Report on sanitation, dispensaries, and jails in Rajputana for 1913, and on vaccination for the year 1913-1914 - 1913-1914
Year: 1913
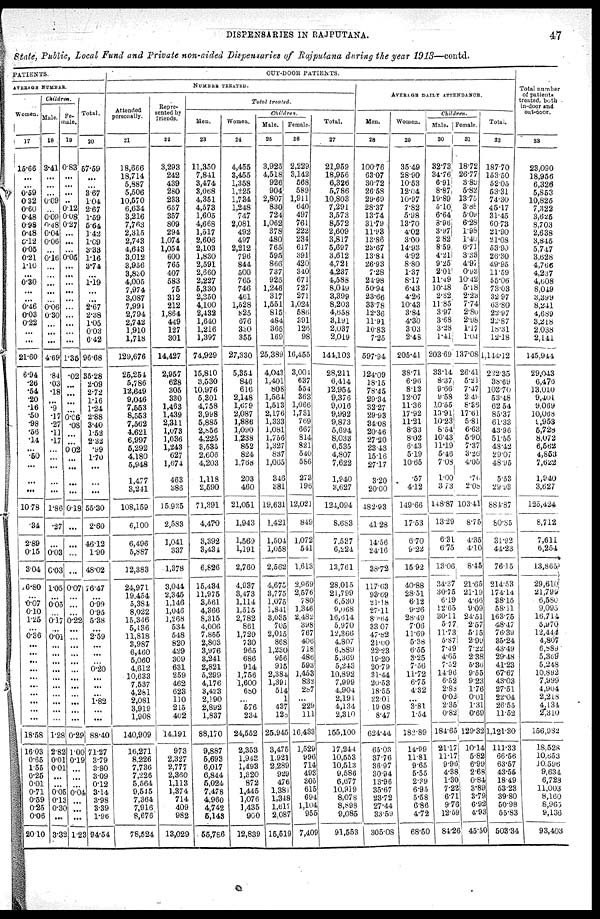
DISPENSARIES IN RAJPUTANA.
47
State, Public, Local Fund and Private non-aided Dispensaries of Rajputana during the year 1913—contd.
PATIENTS.
AVERAGE NUMBER.
Women.
17
15.66
...
...
0.59
0.32
0.60
0.48
0.98
0.48
0.12
0.05
0.21
1.10
...
0.30
...
...
0.46
0.03
0.22
...
...
21.60
6.94
.26
.54
.20
.16
.50
.98
.56
.14
...
.50
...
...
...
10.78
.34
2.89
0.15
3.04
16.80
...
0.07
0.10
1.25
...
0.36
...
...
...
...
...
...
...
...
...
...
18.58
16.03
0.65
1.55
0.25
0.01
0.71
0.59
0.25
0.06
20.10
Children.
Male.
18
3.41
...
...
...
0.09
...
0.09
0.48
0.04
0.06
...
0.16
...
...
...
...
...
0.06
0.30
...
...
...
4.69
.84
.03
.18
...
.9
.17
.27
.11
.17
...
...
...
...
...
1.86
.27
...
0.03
0.03
1.05
...
0.05
...
0.17
...
0.01
...
...
...
...
...
...
...
...
...
...
1.28
2.82
0.01
0.01
...
...
0.05
0.13
0.30
...
3.32
Fe-
male.
19
0.83
...
...
...
..
0.12
0.08
0.27
...
...
...
0.05
...
...
...
...
...
...
...
...
...
...
1.35
.02
...
...
...
...
0.06
.08
...
...
0.02
...
...
...
...
0.18
...
...
...
...
0.07
...
...
...
0.22
...
...
...
...
...
...
...
...
...
...
...
...
0.29
1.00
0.19
...
...
...
0.04
...
...
...
1.23
Total.
20
57.59
...
...
3.67
1.04
2.67
1.59
5.64
1.42
1.09
3.33
1.16
3.74
...
1.19
...
...
2.67
2.38
1.05
0.03
6.42
96.68
35.28
2.09
2.72
1.16
1.24
2.88
3.40
1.52
2.32
.99
1.70
...
...
...
55.30
2.60
46.12
1.90
48.02
76.47
...
0.99
0.95
5.38
...
2.59
...
...
...
0.20
...
...
...
1.82
...
...
88.40
71.27
3.79
3.80
3.09
0.12
3.14
3.98
3.39
1.96
94.54
OUT-DOOR PATIENTS.
NUMBER TREATED.
Attended
personally.
21
18,666
18,714
5,887
5,506
10,570
6,634
3,216
7,763
2,315
2,743
4,643
3,012
3,956
3,830
4,005
7,974
3,087
7,991
2,794
2,742
1,910
1,718
129,676
25,254
5,786
12,649
9,046
7,553
8,553
7,562
4,621
6,997
5,292
4,180
5,948
1,477
3,241
108,159
6,100
6,496
5,887
12,383
24,971
19,454
5,384
8,022
15,346
5,436
11,818
3,987
6,460
5,060
4,612
10,633
7,537
4,281
2,081
3,919
1,908
140,909
16,271
8.226
7,736
7,226
5,564
9,545
7,364
7,916
8,676
78,524
Repre-
sented by
friends.
22
3,293
242
439
280
233
657
357
809
294
1,074
1,054
600
765
407
583
75
312
212
1,864
449
127
301
14,427
2,957
628
305
330
1,463
1,439
2,311
1,073
1,036
1,243
627
1,674
463
386
15.935
2,583
1,041
337
1,378
3,044
2,345
1,146
1,046
1,288
534
548
820
429
309
631
259
462
623
110
215
402
14,191
973
2,327
2,777
2,360
1,113
1,374
714
409
982
13,029
Total
treated.
Men.
23
11,350
7,841
3,474
3,068
4,351
4,573
1,605
4,668
1,517
2,606
2,103
1,830
2,591
2,660
2,227
5,330
2,350
4,100
2,432
1,640
1,216
1,397
74,929
15,810
3,530
10,976
5,301
4,758
3,998
5,885
2,856
4,225
3,535
2,606
4,203
1,118
2,590
71,391
4,470
3,392
3,434
6,826
15,434
11,975
3,561
4,366
8,315
4,006
7,855
2,803
3,976
3,241
2,821
5,299
4,176
3,423
2,190
2,892
1,837
88,170
9,887
5,693
6,017
6,844
6,024
7,478
4,960
4,742
5,148
55,786
Women.
24
4,455
3,455
1,358
1,225
1,734
1,248
747
2,081
492
497
2,212
796
844
500
765
746
461
1,528
825
676
330
355
27,330
5,354
846
616
2,148
1,679
2,087
1,886
1,090
1,238
852
824
l,768
203
460
21,051
1,943
1,569
1,191
2,760
4,937
3,473
1,114
1,515
2,782
861
1,729
730
965
686
914
1,756
1,600
680
...
576
234
24,552
2,353
1,943
1,493
1,320
872
1,445
1,076
1,435
900
12,839
Children.
Male.
25
3,925
4,518
926
904
2,807
830
724
1,062
378
480
765
595
866
737
925
1,246
317
1,551
815
484
365
169
25,389
4,043
1,401
808
1,564
1,513
2,176
1,333
1,081
1,756
1,327
837
1,065
346
381
19,631
1,421
1,504
1,058
2,562
4,675
3,775
1,075
1,841
3,035
705
2,015
868
1,230
956
915
2,384
1,391
514
1
437
128
25,945
3,475
1,921
2,289
929
476
1,381
1,348
1,617
2,087
15,519
Female
26
2,229
3,142
568
589
1,911
640
497
761
222
234
617
391
420
340
671
727
271
1,024
586
391
126
98
16,455
3,001
637
554
363
1,066
1,731
769
667
814
821
540
586
273
196
12,021
849
1,072
541
1,613
2,969
2,576
780
1,346
2,482
398
767
406
718
480
593
1,453
832
287
...
229
111
16,433
1,529
996
714
493
305
615
694
1,104
955
7,409
Total.
27
21,959
18,956
6,326
5,786
10,803
7,291
3,573
8,572
2,609
3,817
5,697
3,612
4,721
4,237
4,588
8,049
3,399
8,203
4,058
3,191
2,037
2,019
144,103
28,211
6,414
12,954
9,376
9,016
9,992
9,873
5,694
8,033
6,535
4,807
7,622
1,940
3,627
124,094
8,683
7,537
6,224
13,761
28,015
21,799
6,530
9,068
16,014
5,970
12,360
4,807
6,889
5,309
5,243
10,892
7,999
4,904
2,191
4,134
2,310
155,100
17,244
10,553
10,513
9,586
6,677
10,919
8,078
8,898
9,085
91,553
AVERAGE DAILY ATTENDANCE .
Men.
28
100.76
63.07
30.72
26.58
29.69
28.37
13.74
31.79
11.93
13.86
23.67
13.84
26.93
7.28
24.98
50.94
23.66
33.78
12.36
11.91
10.83
7.25
597.94
124.09
18.15
78.45
29.34
32.27
29.93
34.08
20.46
27.20
23.43
15.16
27.17
3.20
20.00
482.93
41.28
14.56
24.16
38.72
117.03
93.69
21.18
27.11
80.64
33.07
47.82
21.00
22.23
19.20
20.79
31.44
20.53
18.55
22.01
19.08
8.47
624.44
65.03
37.76
36.97
30.94
13.96
35.67
23.72
27.44
33.59
305.08
Women.
29
35.49
28.90
10.53
12.04
10.97
7.82
5.98
13.70
4.02
3.00
14.93
4.92
8.80
1.37
8.17
6.43
4.26
10.43
3.84
4.30
3.03
2.48
205.41
38.71
6.96
8.12
12.07
11.36
17.92
11.21
8.33
8.02
6.43
5.19
10.65
.57
4.12
149.66
17.53
6.70
9.22
15.92
40.88
28.51
6.12
9.26
28.49
7.06
11.69
5.38
6.55
3.25
7.56
11.72
6.75
4.32
...
3.81
1.54
182.89
14.99
11.81
9. 65
5.55
2.39
6.95
5.58
6.86
4.72
68.50
Children.
Male
30
32.73
34.76
6.91
8.87
19.89
5.10
6.64
8.96
3.97
2.82
8.59
4.21
9.25
2.01
11.49
10.48
2.82
11.85
3.97
3.68
3.28
1.41
203.69
33.14
8.37
9.66
9.58
10.55
19.91
10.23
8.54
10.43
11.19
5.46
7.08
1.00
3.73
148.87
13.29
6.31
6.75
13.06
34.37
30.75
6.19
12.05
30.11
5.77
11.73
5.87
7.49
4.05
7.52
1496
6.52
2.88
0.02
2.35
0.82
184.65
21.17
11.17
9.96
4.38
1.30
7.22
6.71
9.76
12.59
84.26
Female.
31
18.72
26.77
3.89
5.82
13.75
3.88
5.09
6.28
1.98
1.40
6.71
3.33
4.97
0.93
10.42
5.18
2.23
7.74
2.80
2.98
1.17
1.04
137.08
26.41
5.21
7.47
2.48
8.36
17.61
5.81
6.63
5.90
7.37
3.26
4.05
.76
2.08
103.41
8.75
4.35
4.10
8.45
21.65
21.19
4.60
9.09
24.51
2.57
5.15
2.99
7.22
2.38
5.36
9.55
9.23
1.76
0.01
1.31
0.69
129.32
10.14
5.82
6.99
2.68
0.84
3.89
3.79
6.92
4.93
45.50
Total.
32
187.70
153.50
52.05
53.31
74.30
45.17
31.45
60.73
21.90
21.08
53.90
26.30
49.95
11.59
55.06
73.03
32.97
63.80
22.97
22.87
18.31
12.18
1,144.12
222.35
38.69
103.70
53.48
62.54
85.37
61.33
43.96
51.55
48.42
29.07
48.95
5.53
29.93
884.87
80.85
31.92
44.23
76.15
214.53
174.14
38.15
58.11
163.75
48.47
76.39
35.24
43.49
29.48
41.23
67.67
43.03
27.51
22.04
26.55
11.52
1,121.30
111.33
66.56
63.57
43.55
18.49
53.23
39.80
50.98
55.83
503.34
Total number
of patients
treated, both
in-door and
out-door.
33
23,090
18,956
6,326
5,853
10,825
7,322
3,625
8,703
2,638
3,845
5,747
3,628
4,766
4,237
4,608
8,049
3,399
8,241
4,689
3,218
2,038
2,141
145,944
29,043
6,475
13,010
9,401
9,069
10,068
9,953
5,728
8,072
6,562
4,863
7,622
1,940
3,627
125,424
8,712
7,611
6,254
13,865
29,610
21,799
6,580
9,095
16,714
5,970
12,444
4,807
6,889
5,369
5,248
10,892
7,999
4,904
2,218
4,131
2,310
156,982
18.528
10.653
10,590
9,634
6,728
11,003
8,160
8,963
9,136
93,403